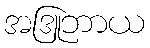
အဒြူဘာယ